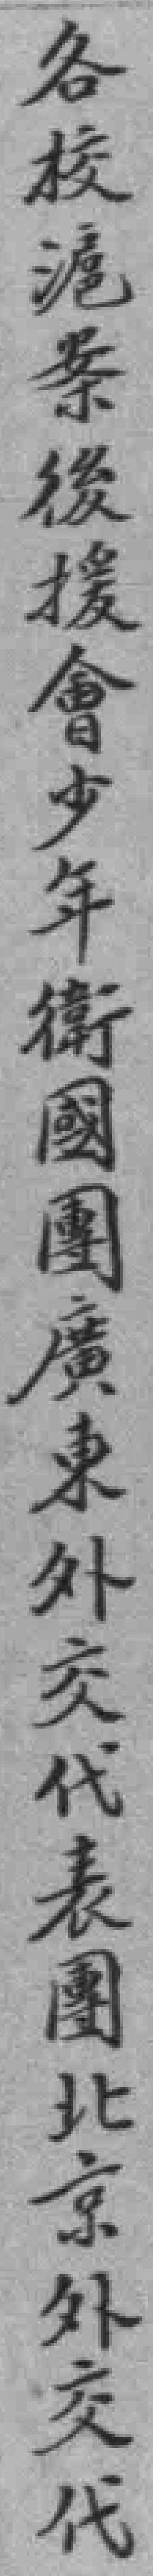
各校滬案後援會少年衛國團廣東外交代表團北京外交代